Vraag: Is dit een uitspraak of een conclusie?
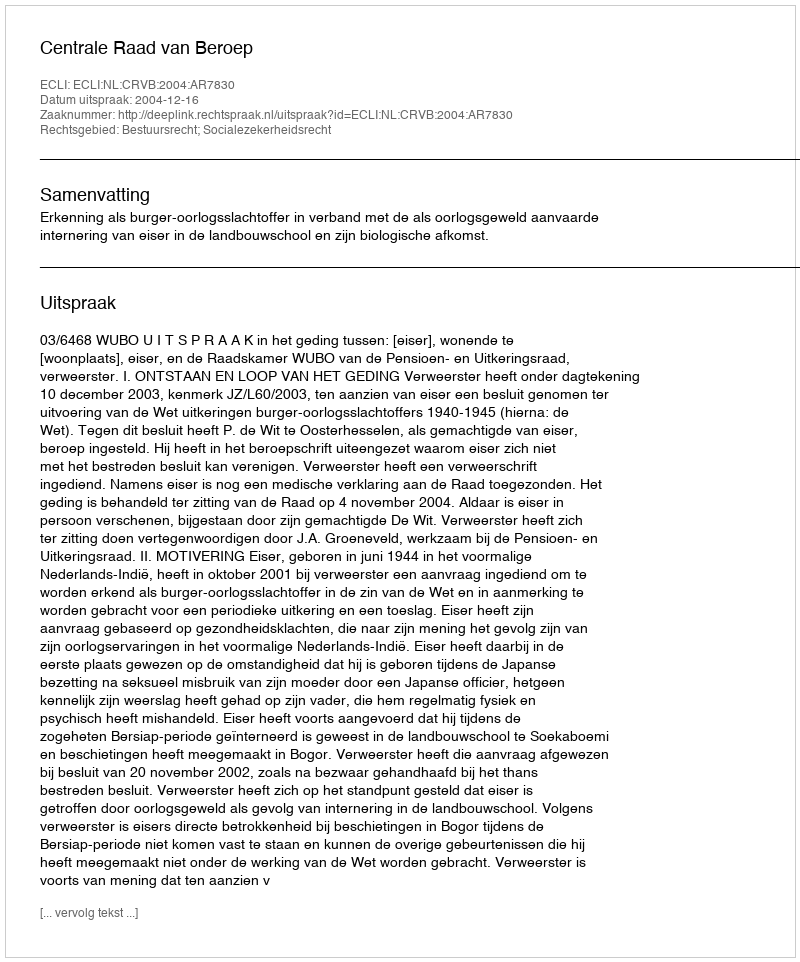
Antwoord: Uitspraak